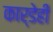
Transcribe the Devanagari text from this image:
कार्डेही